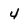
Character: 4